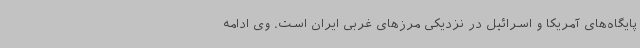
پایگاه‌های آمریکا و اسرائیل در نزدیکی مرزهای غربی ایران است. وی ادامه